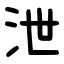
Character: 泄